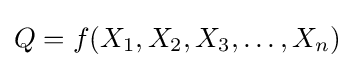
Q=f(X_{1},X_{2},X_{3},\dotsc ,X_{n})